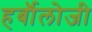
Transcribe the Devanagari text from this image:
हर्बॉलोजी